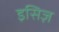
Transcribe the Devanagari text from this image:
इसिज़